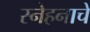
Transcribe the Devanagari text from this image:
स्नेहनाचे